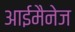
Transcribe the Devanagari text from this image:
आईमैनेज